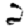
Digit: 2